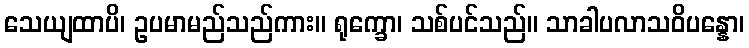
သေယျထာပိ၊ ဥပမာမည်သည်ကား။ ရုက္ခော၊ သစ်ပင်သည်။ သာခါပလာသဝိပန္နော၊